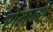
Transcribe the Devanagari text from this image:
रोमान्शे